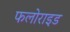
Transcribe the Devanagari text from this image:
फलोराइड